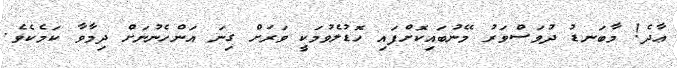
ޢާދެ! މާބަނޑު ދުވަސްވަރު މޭނުބައިކޮށްފައި ހޮޑުލެވުމަކީ ވަރަށް ގިނަ އަންހެނުނަށް ދިމާވާ ކަމެކެވެ.